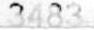
3843